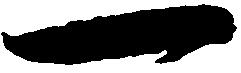
一